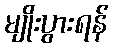
မျိုးပွားရန်